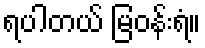
ရပါတယ် မြဝန်းရံ။